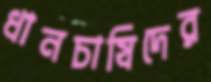
ধানচাষিদের